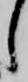
し